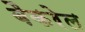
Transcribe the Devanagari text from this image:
बैकरेल